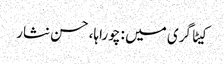
کیٹاگری میں : چوراہا، حسن نثار